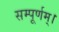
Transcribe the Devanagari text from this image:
सम्पूर्णम्।